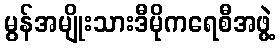
မွန်အမျိုးသားဒီမိုကရေစီအဖွဲ့